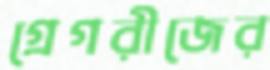
গ্রেগরীজের